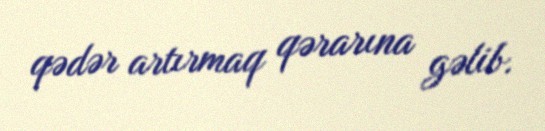
qədər artırmaq qərarına gəlib.